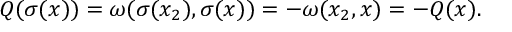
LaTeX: Q ( \sigma ( x ) ) = \omega ( \sigma ( x _ { 2 } ) , \sigma ( x ) ) = - \omega ( x _ { 2 } , x ) = - Q ( x ) .